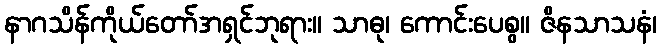
နာဂသိန်ကိုယ်တော်အရှင်ဘုရား။ သာဓု၊ ကောင်းပေစွ။ ဇိနသာသနံ၊